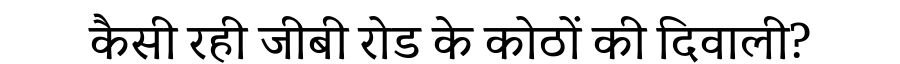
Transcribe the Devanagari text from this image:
कैसी रही जीबी रोड के कोठों की दिवाली?